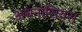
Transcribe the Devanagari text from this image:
अथनासियस